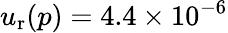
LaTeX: u_{\mathrm{r}}(p)=4.4\times 10^{-6}